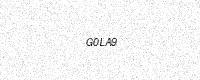
Text: G0LA9